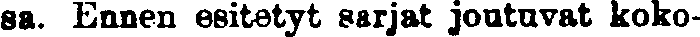
sa. Ennen esitetyt sarjat joutuvat koko-